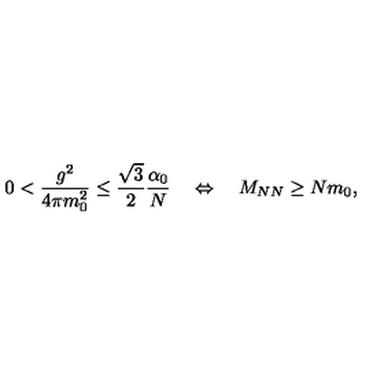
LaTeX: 0 < \frac { g ^ { 2 } } { 4 \pi m _ { 0 } ^ { 2 } } \leq \frac { \sqrt { 3 } } { 2 } \frac { \alpha _ { 0 } } { N } \quad \Leftrightarrow \quad M _ { N N } \geq N m _ { 0 } ,